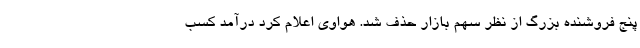
پنج فروشنده بزرگ از نظر سهم بازار حذف شد. هواوی اعلام کرد درآمد کسب